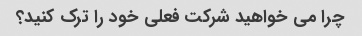
چرا می خواهید شرکت فعلی خود را ترک کنید؟